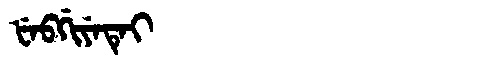
Manchu: ᡶᡝᠪᡤᡳᠶᡝᡨᡝᡳ
Romanization: FEBGIYETEI